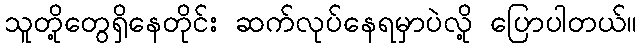
သူတို့တွေရှိနေတိုင်း ဆက်လုပ်နေရမှာပဲလို့ ပြောပါတယ်။